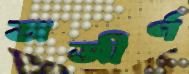
অজীর্ণ